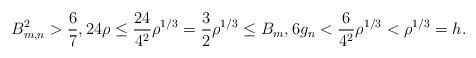
LaTeX: \begin{align*} B_{m,n}^2>\frac67,24\rho\le\frac{24}{4^2}\rho^{1/3}=\frac32\rho^{1/3}\le B_m,6g_n<\frac{6}{4^2}\rho^{1/3}<\rho^{1/3}=h.\end{align*}